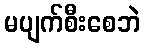
မပျက်စီးစေဘဲ